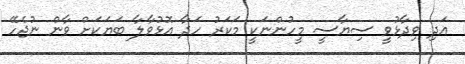
އަދި ވިދާޅުވީ ސިޔާސީ މީހުންނަކީ މަކަރު ހަދާ އޮޅުވާލާ ބަޔަކަށް ވާން ނުޖެހޭ